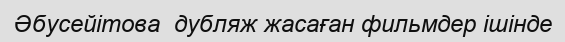
Әбусейітова  дубляж жасаған фильмдер ішінде